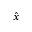
\hat { x }